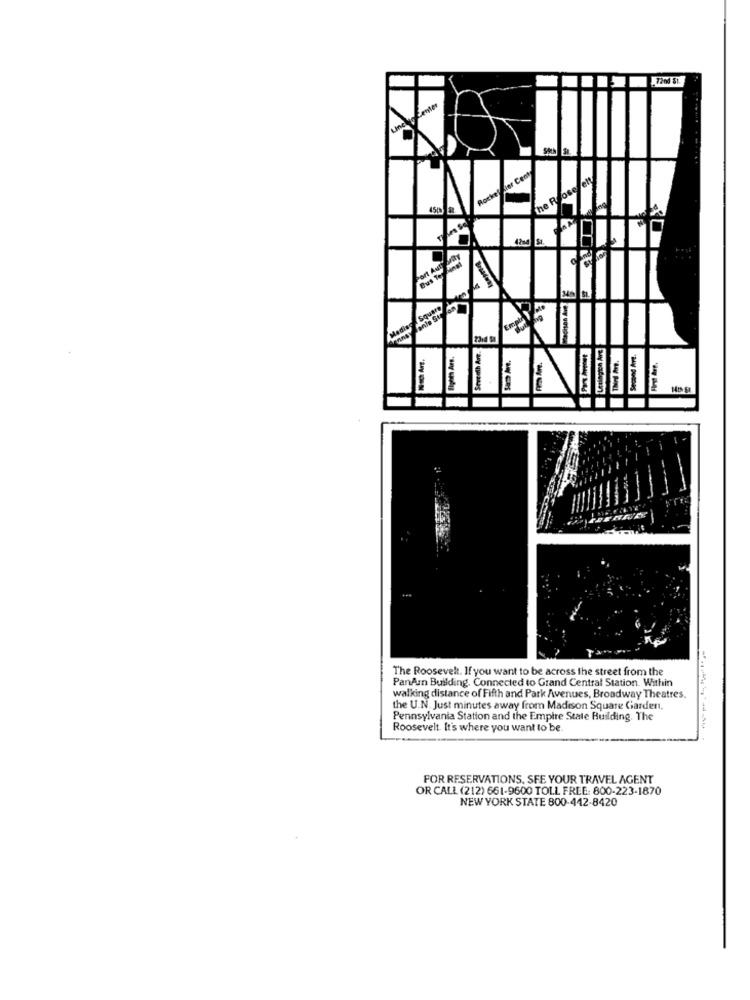
Rockey der Cent
the Rosef ety
450 3
4
Mediso Square
Seventh Art.
Second Ave.
Fint Are,
The Roosevelt. If you want to be across the street from the
PanAin Building. Connected to Grand Central Station. Within
walking distance of Fifth and Park Avenues, Broadway Theatres.
the U.N. Just minutes away from Madison Square Garden,
Pennsylvania Station and the Empire State Building. The
Roosevelt. It's where you want to be
FOR RESERVATIONS. SFE YOUR TRAVEL AGENT
OR CALL (212) 661-9600 TOLL FREE: 800-223-1870
NEW YORK STATE 800-442-8420